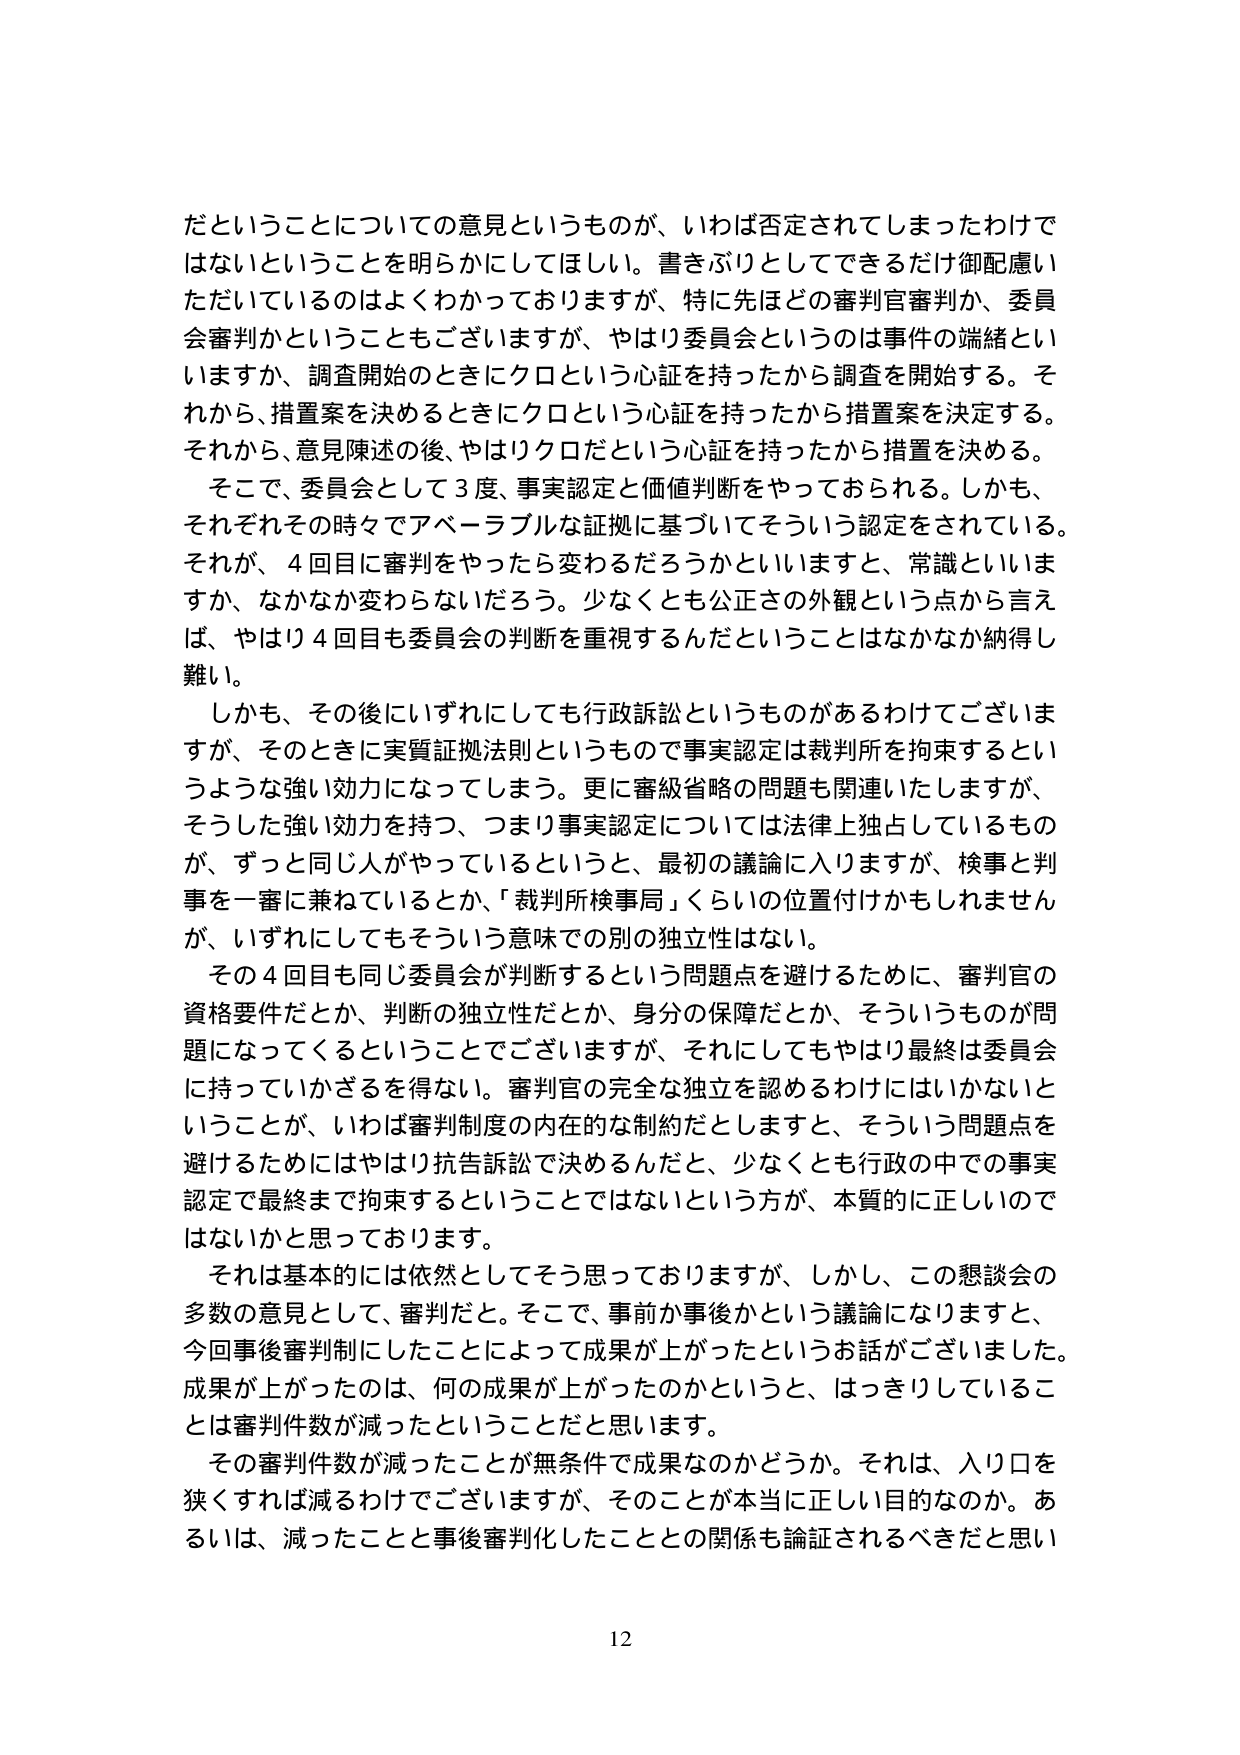
だということについての意見というものが、いわば否定されてしまったわけではないということを明らかにしてほしい。書きぶりとしてできるだけ御配慮いただいているのはよくわかっておりますが、特に先ほどの審判官審判か、委員会審判かということもございますが、やはり委員会というのは事件の端緒といいますか、調査開始のときにクロという心証を持ったから調査を開始する。それから、措置案を決めるときにクロという心証を持ったから措置案を決定する。それから、意見陳述の後、やはりクロだという心証を持ったから措置を決める。

そこで、委員会として3度、事実認定と価値判断をやっておられる。しかも、それぞれその時々でアベーラブルな証拠に基づいてそういう認定をされている。それが、4回目に審判をやったら変わるだろうかといいますと、常識といいますか、なかなか変わらないだろう。少なくとも公正さの外観という点から言えば、やはり4回目も委員会の判断を重視するんだということはなかなか納得し難い。

しかも、その後にいずれにしても行政訴訟というものがあるわけでございますが、そのときに実質証拠法則というもので事実認定は裁判所を拘束するというような強い効力になってしまう。更に審級省略の問題も関連いたしますが、そうした強い効力を持つ、つまり事実認定については法律上独占しているものが、ずっと同じ人がやっているというと、最初の議論に入りますが、検事と判事を一審に兼ねているとか、「裁判所検事局」くらいの位置付けかもしれませんが、いずれにしてもそういう意味での別の独立性はない。

その4回目も同じ委員会が判断するという問題点を避けるために、審判官の資格要件だとか、判断の独立性だとか、身分の保障だとか、そういうものが問題になってくるということでございますが、それにしてもやはり最終は委員会に持っていかざるを得ない。審判官の完全な独立を認めるわけにはいかないということと、いわば審判制度の内在的な制約だとしますと、そういう問題点を避けるためにはやはり抗告訴訟で決めるんだと、少なくとも行政の中での事実認定で最終まで拘束するということではないという方が、本質的に正しいのではないかと思っております。

それは基本的には依然としてそう思っておりますが、しかし、この懇談会の多数の意見として、審判だと。そこで、事前か事後かという議論になりますと、今回事後審判制にしたことによって成果が上がったというお話がございました。成果が上がったのは、何の成果が上がったのかというと、はっきりしていることは審判件数が減ったということだと思います。

その審判件数が減ったことが無条件で成果なのかどうか。それは、入り口を狭くすれば減るわけでございますが、そのことが本当に正しい目的なのか。あるいは、減ったことと事後審判化したこととの関係も論証されるべきだと思い

12